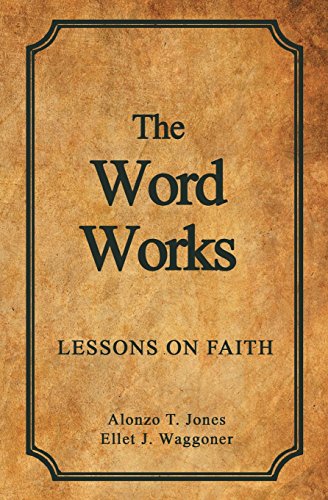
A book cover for The Word Works: Lessons on Faith; Alonzo T. Jones; Christian Books & Bibles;